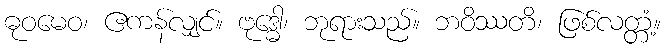
ဓုဝမေဝ၊ ဧကန်လျှင်။ ဗုဒ္ဓေါ၊ ဘုရားသည်။ ဘဝိဿတိ၊ ဖြစ်လတ္တံ့။